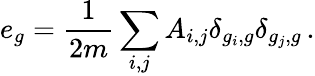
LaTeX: e_{g}=\frac{1}{2m}\sum_{i,j}A_{i,j}\delta_{g_{i},g}\delta_{g_{j},g}\, .